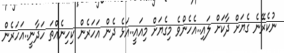
ނުކެރޭނެ ގެޔަށް ދާކަށް ލައި..އެހެންވެ މިގެޔަށް މިއައީ..އަޅެ ދެން އަހަރެން ކިހިނެއްތަ ހަދާނީ..އަހަރެން